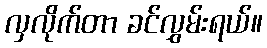
လှလိုက်တာ ခင်လွှမ်းရယ်။